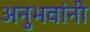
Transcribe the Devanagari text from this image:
अनुभवांनी